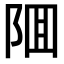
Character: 𨹰